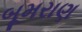
બૂમરાણ